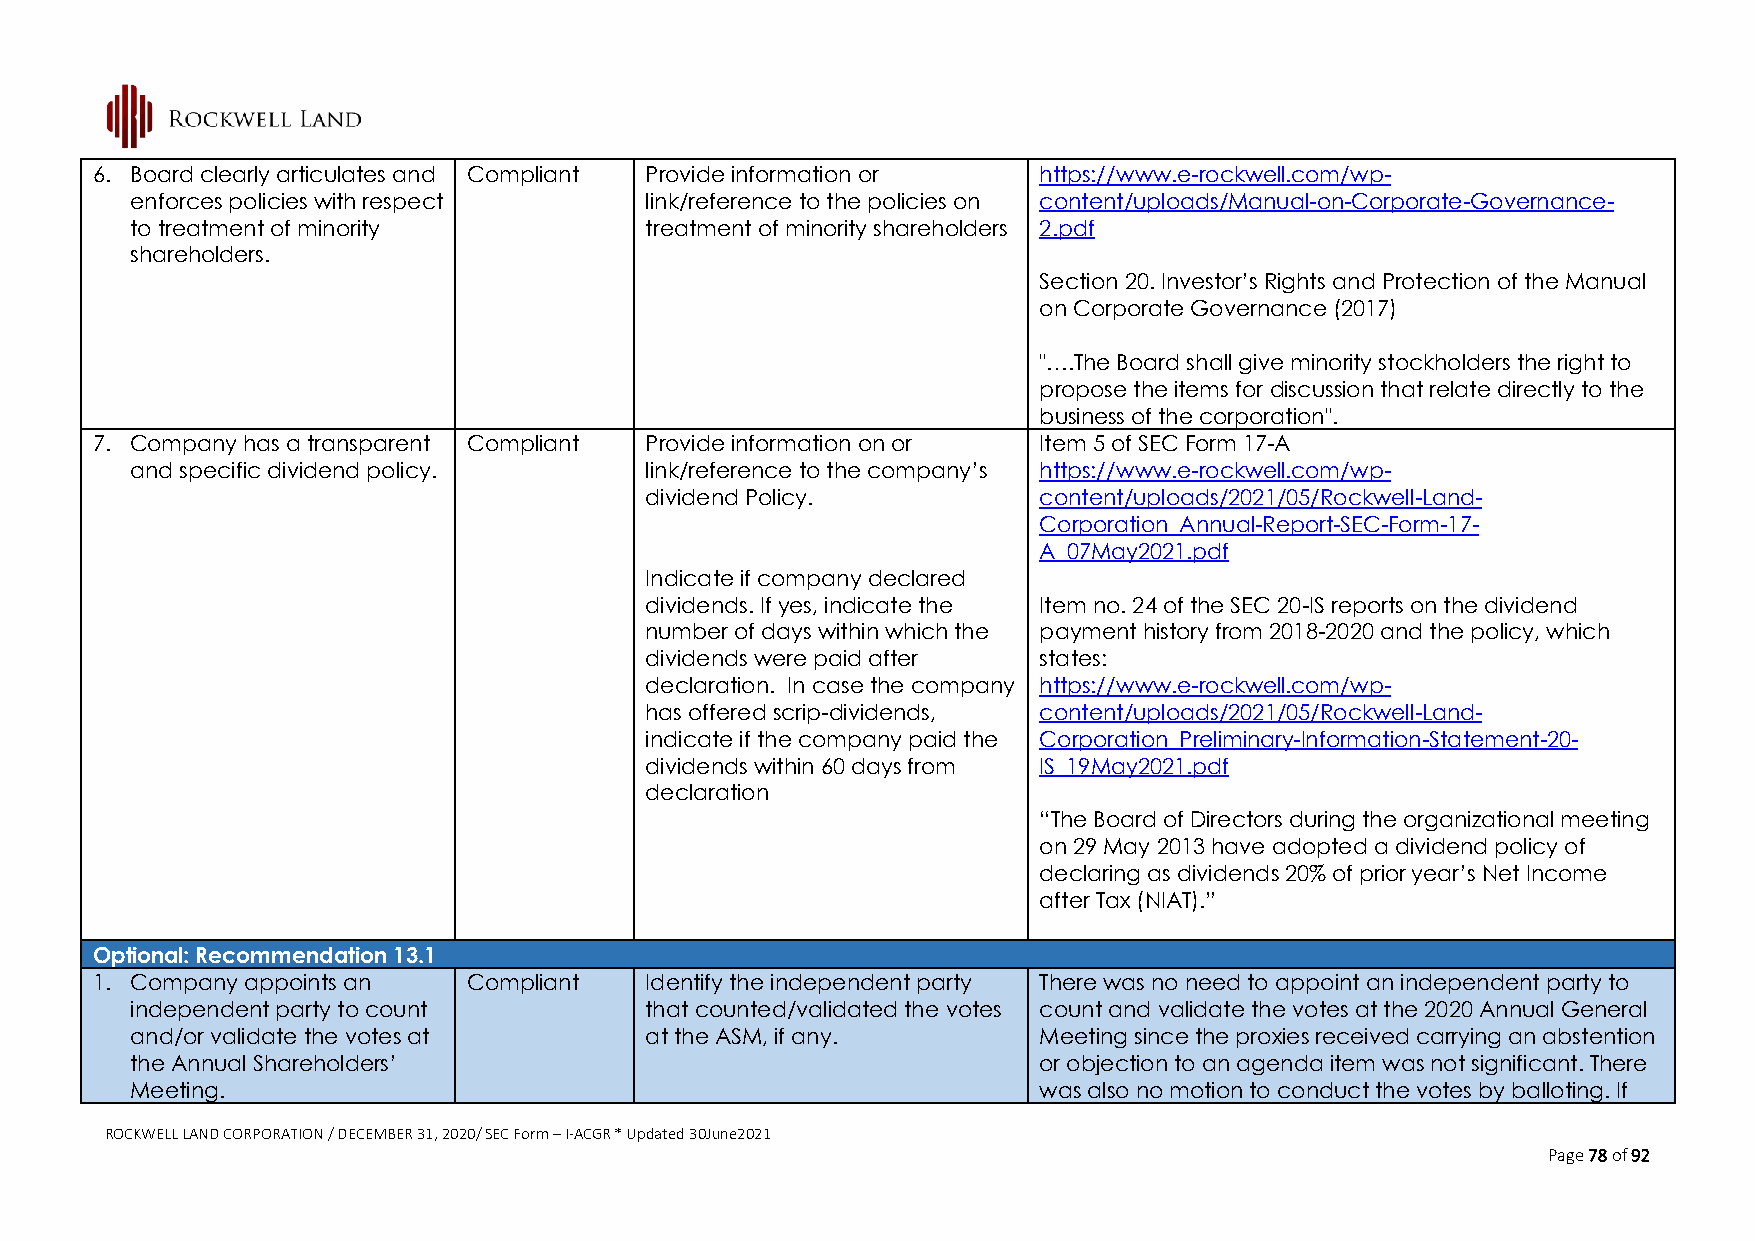
6. Board clearly articulates and Compliant Provide information or https://www.e-rockwell.com/wp-
 enforces policies with respect    link/reference to the policies on content/uploads/Manual-on-Corporate-Governance-
 to treatment of minority          treatment of minority shareholders 2.pdf
 shareholders.
 Section 20. Investor’s Rights and Protection of the Manual
 on Corporate Governance (2017)
 "….The Board shall give minority stockholders the right to
 propose the items for discussion that relate directly to the
 business of the corporation".
 7. Company has a transparent Compliant Provide information on or Item 5 of SEC Form 17-A
 and specific dividend policy.     link/reference to the company’s https://www.e-rockwell.com/wp-
 dividend Policy.          content/uploads/2021/05/Rockwell-Land-
 Corporation_Annual-Report-SEC-Form-17-
 A_07May2021.pdf
 Indicate if company declared
 dividends. If yes, indicate the Item no. 24 of the SEC 20-IS reports on the dividend
 number of days within which the payment history from 2018-2020 and the policy, which
 dividends were paid after states:
 declaration. In case the company https://www.e-rockwell.com/wp-
 has offered scrip-dividends, content/uploads/2021/05/Rockwell-Land-
 indicate if the company paid the Corporation_Preliminary-Information-Statement-20-
 dividends within 60 days from IS_19May2021.pdf
 declaration
 “The Board of Directors during the organizational meeting
 on 29 May 2013 have adopted a dividend policy of
 declaring as dividends 20% of prior year’s Net Income
 after Tax (NIAT).”
 Optional: Recommendation 13.1
 1. Company appoints an   Compliant   Identify the independent party There was no need to appoint an independent party to
 independent party to count        that counted/validated the votes count and validate the votes at the 2020 Annual General
 and/or validate the votes at      at the ASM, if any.       Meeting since the proxies received carrying an abstention
 the Annual Shareholders’                                    or objection to an agenda item was not significant. There
 Meeting.                                                    was also no motion to conduct the votes by balloting. If
 ROCKWELL LAND CORPORATION / DECEMBER 31, 2020/ SEC Form – I-ACGR * Updated 30June2021
 Page 78 of 92